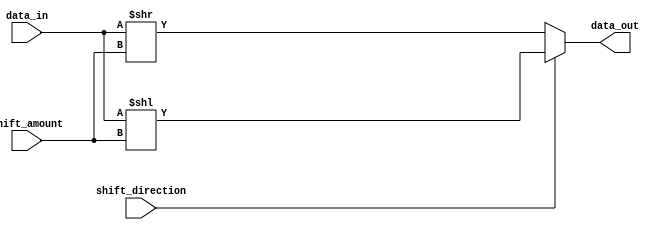
module barrel_shifter(
  input [7:0] data_in,
  input [2:0] shift_amount,
  input shift_direction,
  output reg [7:0] data_out
);

  reg [7:0] shifted_data;

  always @ (data_in, shift_amount, shift_direction)
  begin
    if (shift_direction == 1) // Shift left
      shifted_data = data_in << shift_amount;
    else // Shift right
      shifted_data = data_in >> shift_amount;
  end

  always @ (*)
    data_out = shifted_data;

endmodule